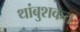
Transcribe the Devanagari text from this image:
थांबुशकत